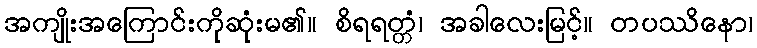
အကျိုးအကြောင်းကိုဆုံးမ၏။ စိရရတ္တံ၊ အခါလေးမြင့်။ တပဿိနော၊